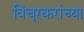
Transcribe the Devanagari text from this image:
विंचूरकरांच्या